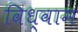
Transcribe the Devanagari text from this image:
विध्वाम